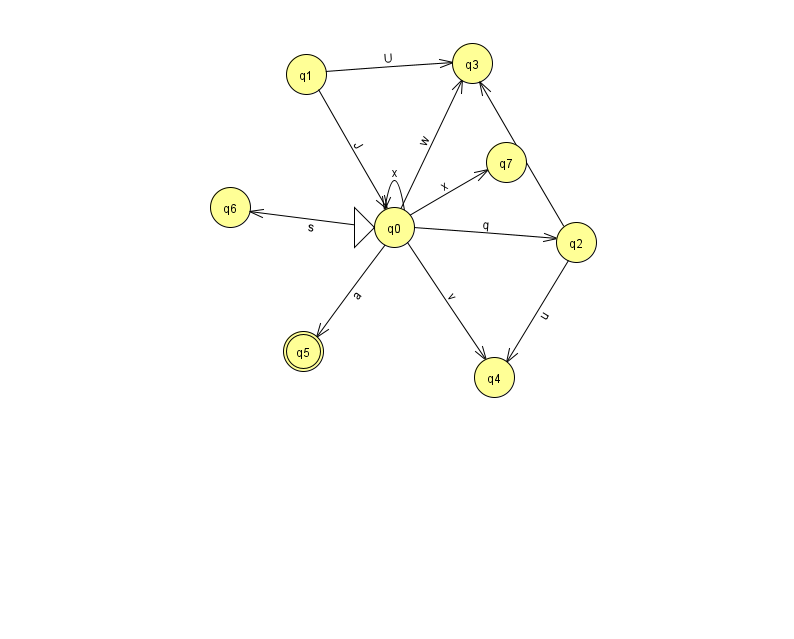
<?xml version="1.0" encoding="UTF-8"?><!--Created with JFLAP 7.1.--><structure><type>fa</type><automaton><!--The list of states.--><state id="0" name="q0"><x>394.0</x><y>214.0</y><initial/></state><state id="1" name="q1"><x>306.0</x><y>61.0</y></state><state id="2" name="q2"><x>576.0</x><y>229.0</y></state><state id="3" name="q3"><x>472.0</x><y>50.0</y></state><state id="4" name="q4"><x>494.0</x><y>364.0</y></state><state id="5" name="q5"><x>303.0</x><y>338.0</y><final/></state><state id="6" name="q6"><x>230.0</x><y>194.0</y></state><state id="7" name="q7"><x>506.0</x><y>149.0</y></state><!--The list of transitions.--><transition><from>0</from><to>4</to><read>v</read></transition><transition><from>0</from><to>6</to><read>s</read></transition><transition><from>0</from><to>5</to><read>a</read></transition><transition><from>2</from><to>3</to><read>O</read></transition><transition><from>0</from><to>7</to><read>x</read></transition><transition><from>2</from><to>4</to><read>u</read></transition><transition><from>0</from><to>2</to><read>q</read></transition><transition><from>0</from><to>0</to><read>x</read></transition><transition><from>1</from><to>0</to><read>J</read></transition><transition><from>0</from><to>3</to><read>w</read></transition><transition><from>1</from><to>3</to><read>U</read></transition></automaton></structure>